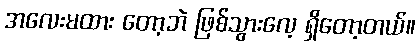
အလေးမထား တော့ဘဲ ဖြစ်သွားလေ့ ရှိတော့တယ်။